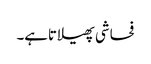
فحاشی پھیلاتاہے۔